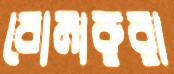
বোমারুরা